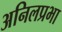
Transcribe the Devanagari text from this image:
अनिलप्रभा